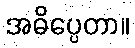
အဓိပ္ပေတာ။